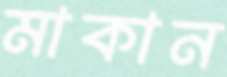
মাকান